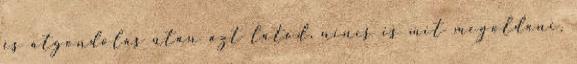
és átgondolás után azt látod, nincs is mit megoldani.